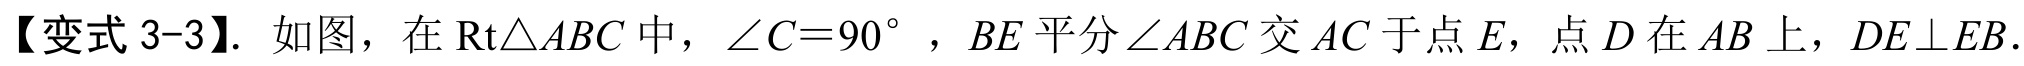
【变式 3-3】. 如图，在\(\text{Rt}\triangle ABC\)中，\(\angle C = 90^{\circ}\)，\(BE\)平分\(\angle ABC\)交\(AC\)于点\(E\)，点\(D\)在\(AB\)上，\(DE\perp EB\).